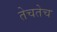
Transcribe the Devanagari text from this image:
तेचतेच